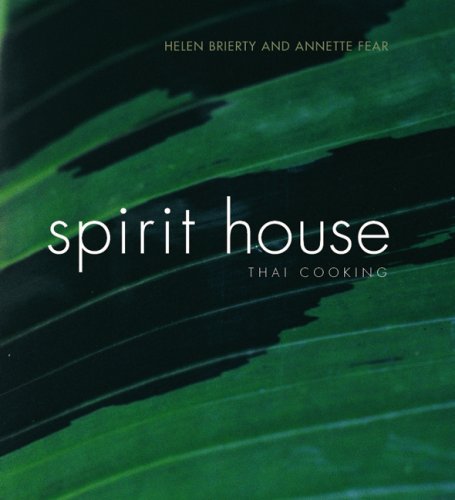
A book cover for Spirit House Thai Cooking; Helen Brierty; Cookbooks, Food & Wine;